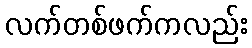
လက်တစ်ဖက်ကလည်း